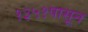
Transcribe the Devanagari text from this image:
१३५१पासून